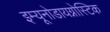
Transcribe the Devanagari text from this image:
इम्यूनोडायग्नोस्टिक